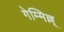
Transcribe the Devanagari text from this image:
गेम्मिल्ल्